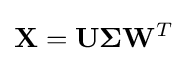
\mathbf {X} =\mathbf {U} \mathbf {\Sigma } \mathbf {W} ^{T}